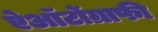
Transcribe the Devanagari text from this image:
ऐऑर्टोग्राफी